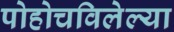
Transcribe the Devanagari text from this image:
पोहोचविलेल्या